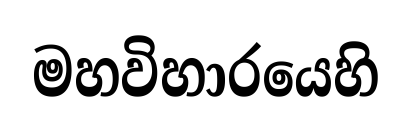
මහවිහාරයෙහි